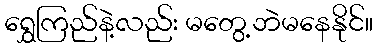
ရွှေကြည်နဲ့လည်း မတွေ့ဘဲမနေနိုင်။